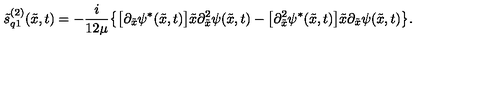
\tilde { s } _ { q 1 } ^ { ( 2 ) } ( \tilde { x } , t ) = - \frac { i } { 1 2 \mu } \bigl \{ \bigl [ \partial _ { \tilde { x } } \psi ^ { * } ( \tilde { x } , t ) \bigr ] \tilde { x } \partial _ { \tilde { x } } ^ { 2 } \psi ( \tilde { x } , t ) - \bigl [ \partial _ { \tilde { x } } ^ { 2 } \psi ^ { * } ( \tilde { x } , t ) \bigr ] \tilde { x } \partial _ { \tilde { x } } \psi ( \tilde { x } , t ) \bigr \} .